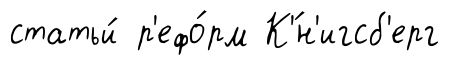
статьи́ р'ефо́рм К'́н'игсб'ерг